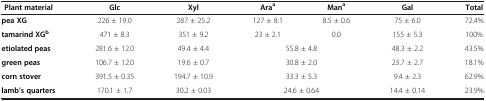
<table><thead><tr><td><b>Plant material</b></td><td><b>Glc</b></td><td><b>Xyl</b></td><td><b>Ara<sup>a</sup></b></td><td><b>Man<sup>a</sup></b></td><td><b>Gal</b></td><td><b>Total</b></td></tr></thead><tbody><tr><td><b>pea XG</b></td><td>226 ± 19.0</td><td>287 ± 25.2</td><td>127 ± 8.1</td><td>8.5 ± 0.6</td><td>75 ± 6.0</td><td>72.4%</td></tr><tr><td><b>tamarind XG</b><sup><b>b</b></sup></td><td>471 ± 8.3</td><td>351 ± 9.2</td><td>23 ± 2.1</td><td>0.0</td><td>155 ± 5.3</td><td>100%</td></tr><tr><td><b>etiolated peas</b></td><td>281.6 ± 12.0</td><td>49.4 ± 4.4</td><td colspan="2">55.8 ± 4.8</td><td>48.3 ± 2.2</td><td>43.5%</td></tr><tr><td><b>green peas</b></td><td>106.7 ± 12.0</td><td>19.6 ± 0.7</td><td colspan="2">30.8 ± 2.0</td><td>23.7 ± 2.7</td><td>18.1%</td></tr><tr><td><b>corn stover</b></td><td>391.5 ± 0.35</td><td>194.7 ± 10.9</td><td colspan="2">33.3 ± 5.3</td><td>9.4 ± 2.3</td><td>62.9%</td></tr><tr><td><b>lamb’s quarters</b></td><td>170.1 ± 1.7</td><td>30.2 ± 0.03</td><td colspan="2">24.6 ± 0.64</td><td>14.4 ± 0.14</td><td>23.9%</td></tr></tbody></table>